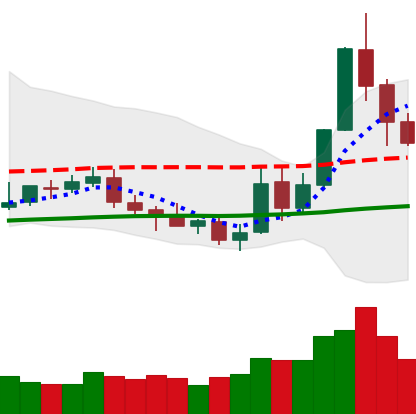
Ticker: NEO-USD
Chart end date: 2019-05-18
Forward return: 6.62%
Label: up_5_7